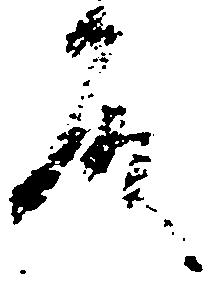
殿